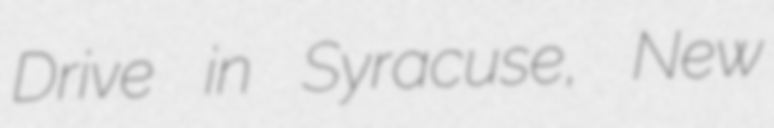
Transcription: Drive in Syracuse, New